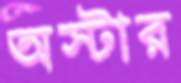
অস্টার